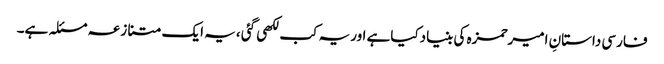
فارسی داستانِ امیرحمزہ کی بنیادکیاہے اوریہ کب لکھی گئی ،یہ ایک متنازعہ مسئلہ ہے۔